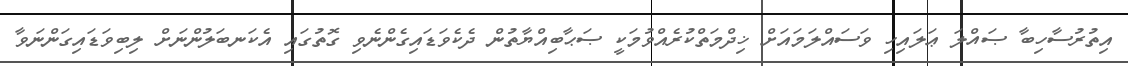
އިތުރުސާހިބާ ޞައްލަ ޢަލައިހި ވަސައްލަމައަށް ޚިދްމަތްކުރެއްވުމަކީ ޞަޙާބިއްޔާތުން ދެކެވަޑައިގެންނެވި ގޮތުގައި އެކަނބަލުންނަށް ލިބިވަޑައިގަންނަވާ